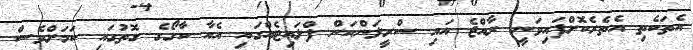
އެތަކެތި އެތެރެކޮށްފައިވަނީ ރާއްޖެ އައި ސްރީލަންކަން ފްލައިޓެއްގައި އެއާ ކާގޯގެ ގޮތުގައި ކަމަށްވެސް